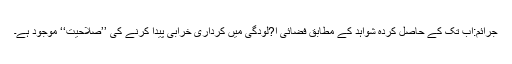
جرائم:اب تک کے حاصل کردہ شواہد کے مطابق فضائی آ?لودگی میں کرداری خرابی پیدا کرنے کی ’’صلاحیت‘‘ موجود ہے۔